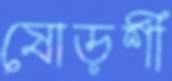
ষোড়শী